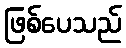
ဖြစ်ပေသည်